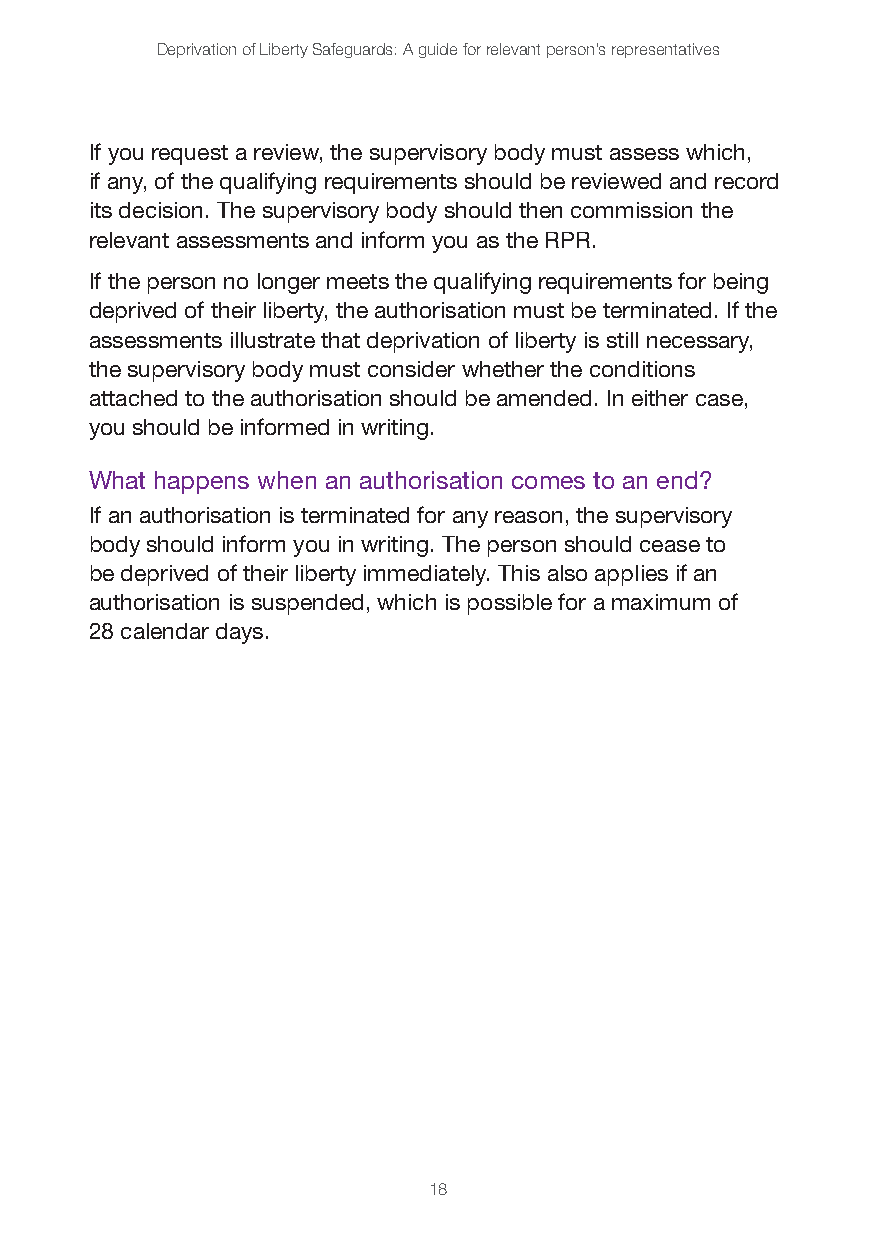
Deprivation of Liberty Safeguards: A guide for relevant person’s representatives
 If you request a review, the supervisory body must assess which,
 if any, of the qualifying requirements should be reviewed and record
 its decision. The supervisory body should then commission the
 relevant assessments and inform you as the RPR.
 If the person no longer meets the qualifying requirements for being
 deprived of their liberty, the authorisation must be terminated. If the
 assessments illustrate that deprivation of liberty is still necessary,
 the supervisory body must consider whether the conditions
 attached to the authorisation should be amended. In either case,
 you should be informed in writing.
 What happens when an authorisation comes to an end?
 If an authorisation is terminated for any reason, the supervisory
 body should inform you in writing. The person should cease to
 be deprived of their liberty immediately. This also applies if an
 authorisation is suspended, which is possible for a maximum of
 28 calendar days.
 18